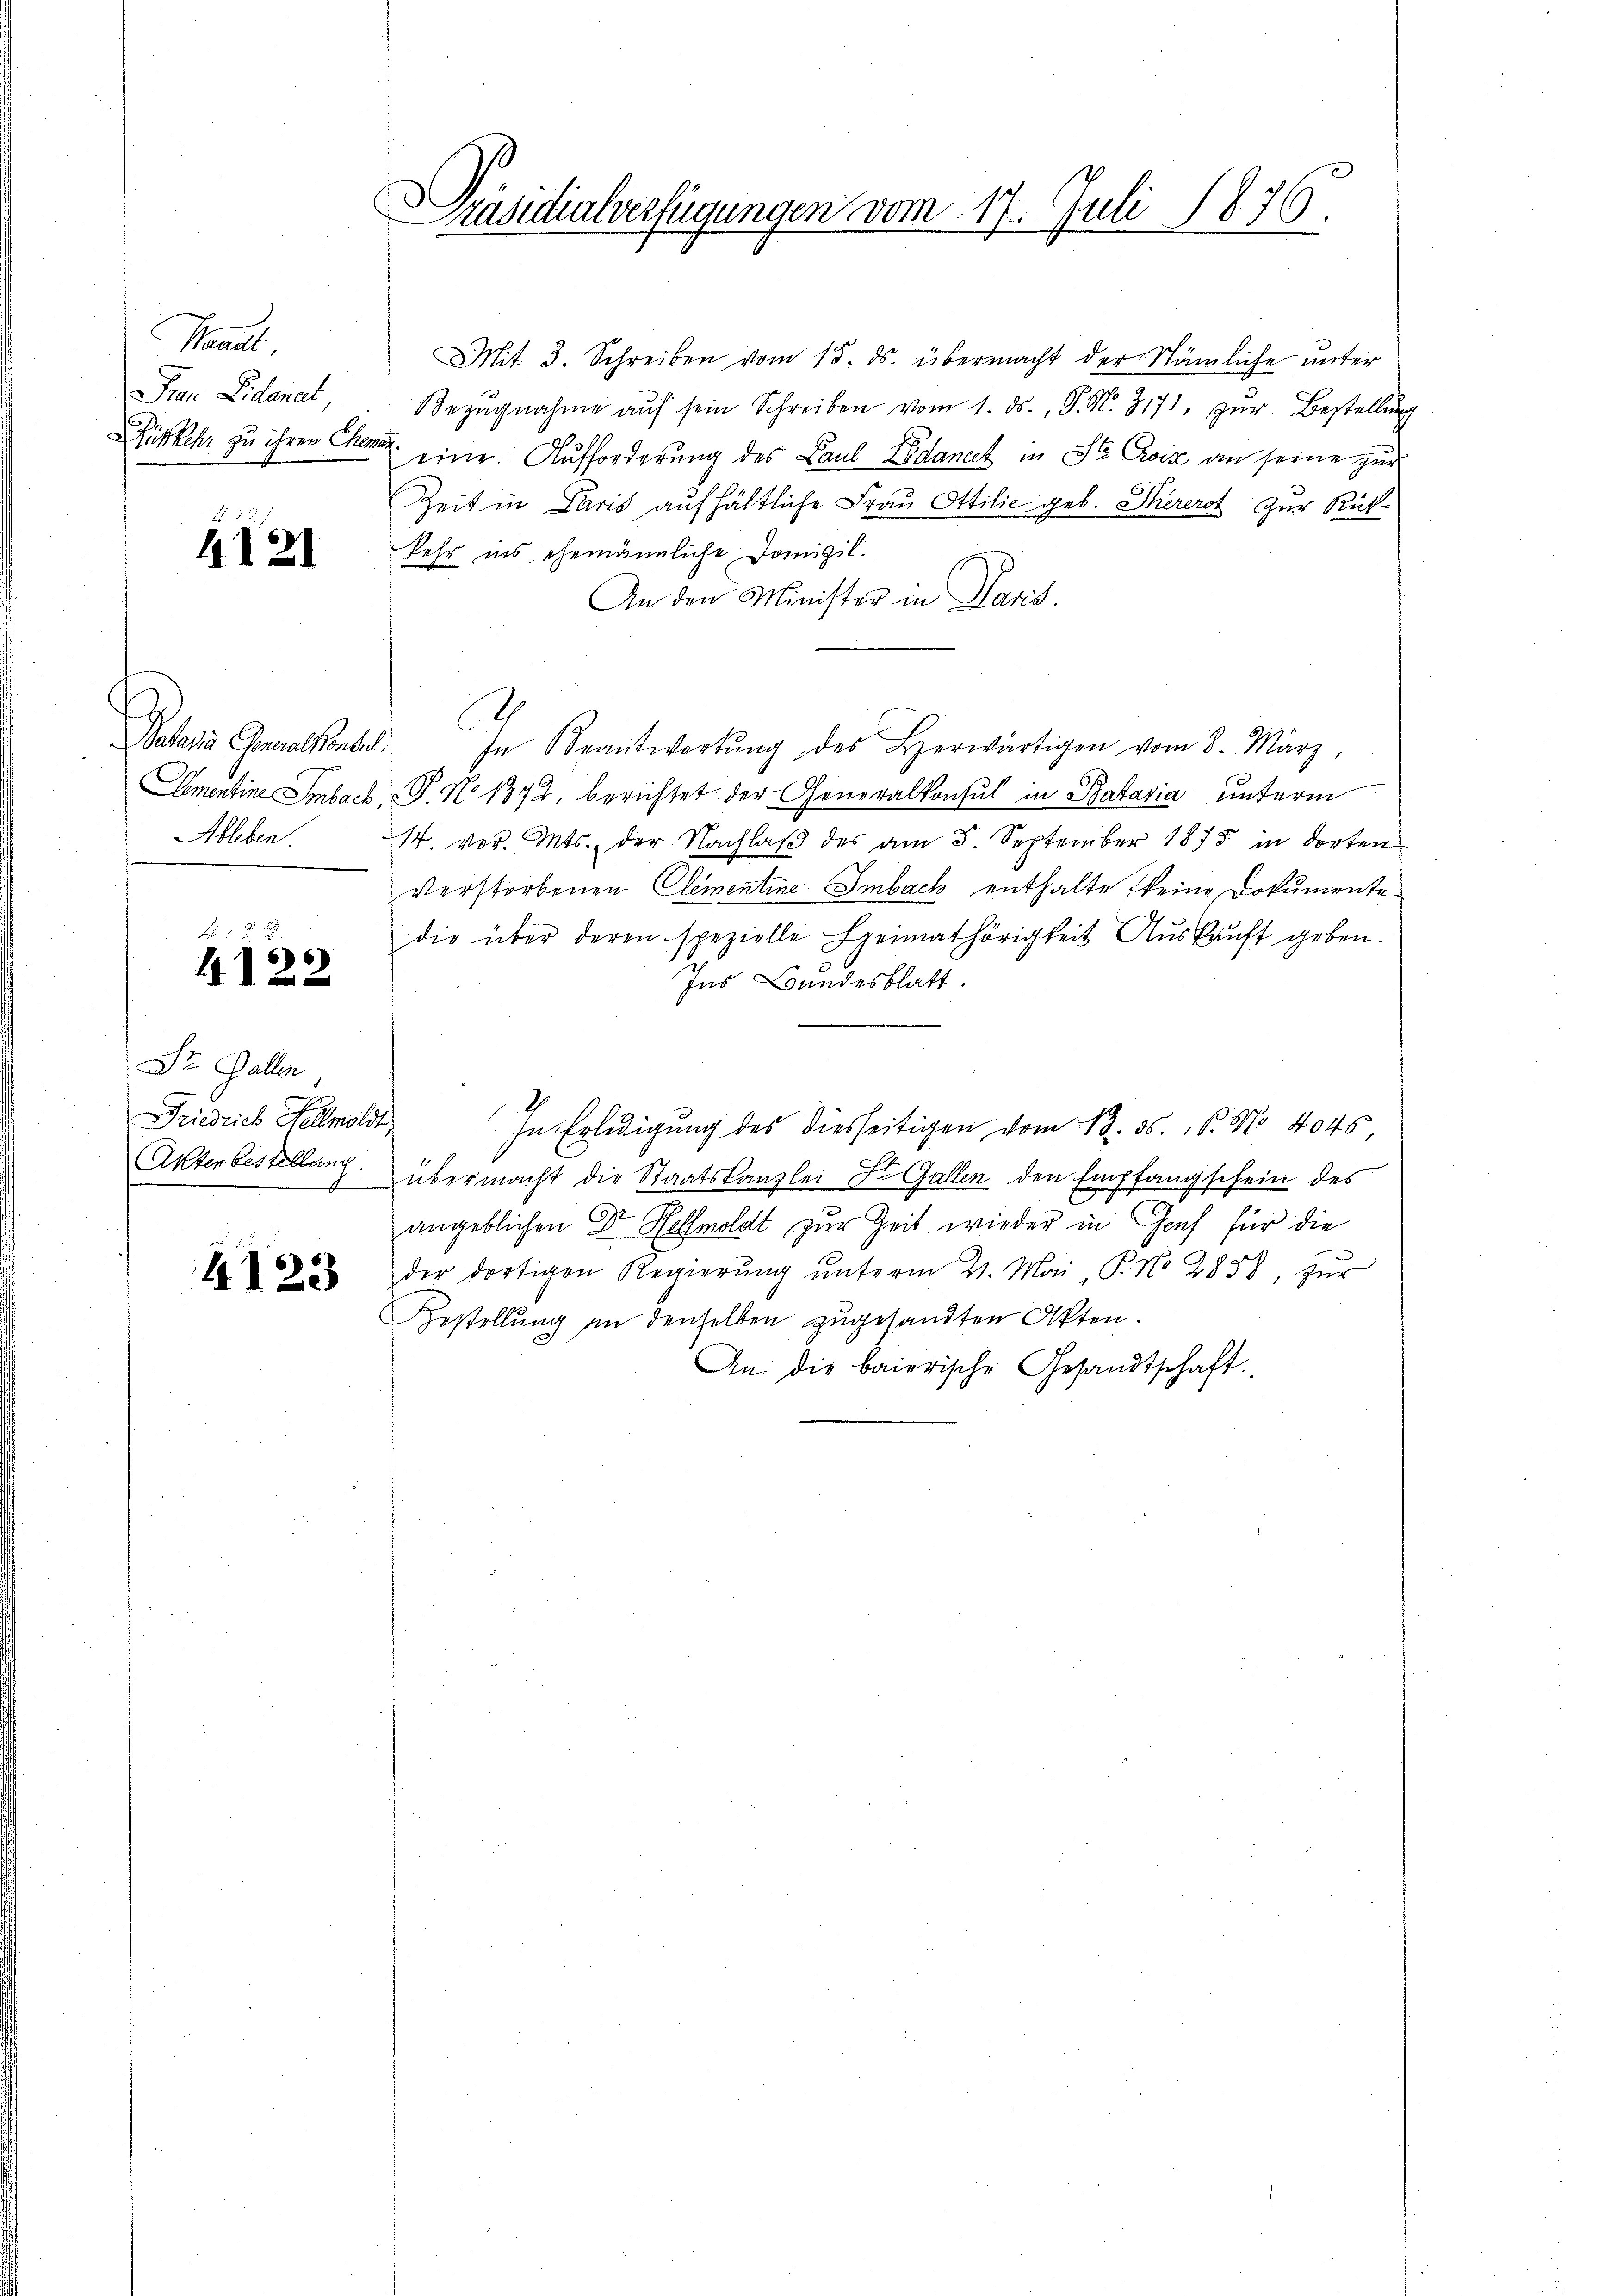
Manat
Den Lidonat,
Rükkehr zu ihrer Chemen.

4121

Paterie Gemals anbel
Ableben.

x
4122

St. Gallen
Friedrich Fellmoldt
Unter bestellung.

4123

Präsidialverfügungen vom 17. Juli 1876.

Mit. 3. Schreiben vom 15. ds. übermacht der Nämliche unter
Bezŭgnahme aŭf sein Schreiben vom 1. ds., S. M. 3171. zŭr Bestellŭng
eine Aufforderung des Paul dancet in Sr Evise an seine zur
Zeit in Paris aufhältliche Frau Ottilie geb. Thererst zur Rück-
kehr ins ehemännliche Domizil.
An den Minister in Haris.
In Beantwortung des Herwärtigen vom 8. März,
Cementine Smbach, P. No 1872, berichtet der Generalkonsul in Batavia unterm
17. vor. Mts. der Nachlaβ des am 8. September 1875 in dorten
Verstorbenen Clementine Imbach enthalte keine Dokumente
die über deren spezielle Heimathörigkeit Auskauft geben.
Ins Bundesblatt.
In Erledigung des diesseitigen vom 13. ds., 6. No 4045
8 übermacht die Staatskanzlei St. Gallen den Empfangschein des
angeblichen Dr Helmoldt zur Zeit wieder in Genf für die
der dortigen Regierŭng ŭnterm 21. Mai, P. No 2858, zŭr
Bestellung in denselben zugesandten Akten.
An die baierische Gesandtschaft.